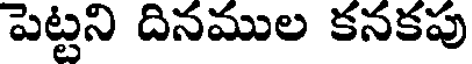
పెట్టని దినముల కనకపు